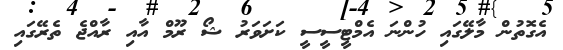
އެގޮތުން މާލޭގައި ހުންނަ އެމްޓީސީސީ ކަށަވަރު ޝޯ ރޫމް އާއި ރާއްޖެ ތެރޭގައި